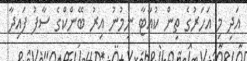
އަދި މި އަހަރުގެ ތިން ކުއާޓާ ނިމުނު އިރު ބޭންކްގެ ސާފު ފައިދާ